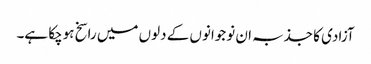
آزادی کا جذبہ ان نوجوانوں کے دلوں میں راسخ ہوچکا ہے۔